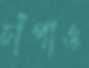
চাঁপাও